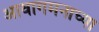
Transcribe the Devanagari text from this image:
आवागमनाच्या